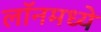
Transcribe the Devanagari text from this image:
लॉनमध्ये